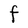
Character: F